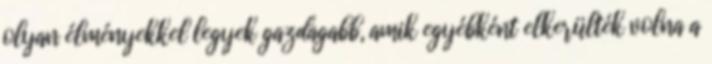
olyan élményekkel legyek gazdagabb, amik egyébként elkerülték volna a